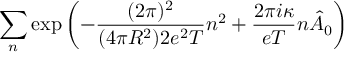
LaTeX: \sum _ { n } \exp \left( - \frac { ( 2 \pi ) ^ { 2 } } { ( 4 \pi R ^ { 2 } ) 2 e ^ { 2 } T } n ^ { 2 } + \frac { 2 \pi i \kappa } { e T } n \hat { A } _ { 0 } \right)